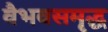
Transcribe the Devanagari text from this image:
वैभवसमृद्ध